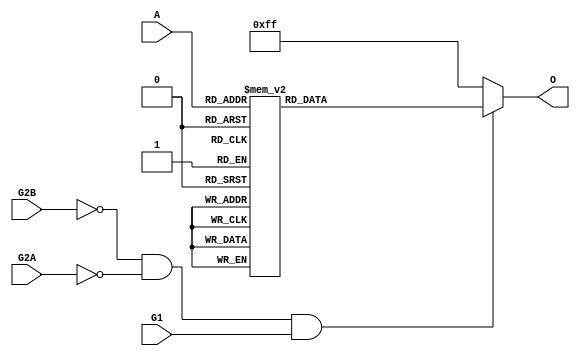

module x74138(

  input G1,  // 6 E3
  input G2A, // 5 E2
  input G2B, // 4 E1
  input  [2:0] A,
  output reg [7:0] O

);

always @*
  if (~G2B & ~G2A & G1)
    case (A)
      3'b000: O = 8'b1111_1110;
      3'b001: O = 8'b1111_1101;
      3'b010: O = 8'b1111_1011;
      3'b011: O = 8'b1111_0111;
      3'b100: O = 8'b1110_1111;
      3'b101: O = 8'b1101_1111;
      3'b110: O = 8'b1011_1111;
      3'b111: O = 8'b0111_1111;
    endcase
  else
    O = 8'b1111_1111;

endmodule